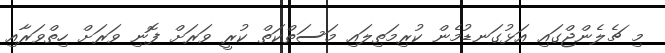
މި ޗެލެންޖްގައި އަޅުގަނޑުމެން ކުރިމަތިލައި މަސަތްކަތް ކުރީ ވަރަށް ފޮނި ވަރަށް ހިތްވަރާއި